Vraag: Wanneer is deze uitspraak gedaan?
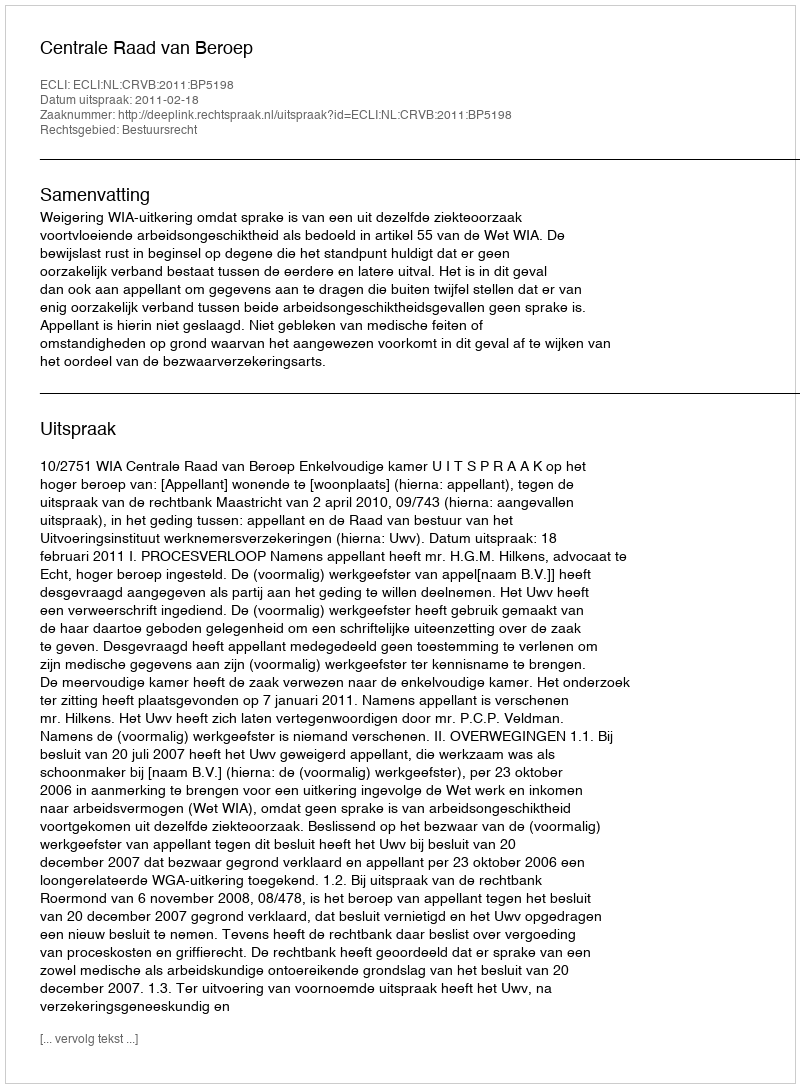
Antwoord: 2011-02-18